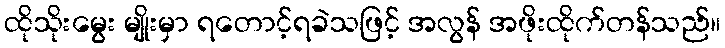
ထိုသိုးမွေး မျိုးမှာ ရတောင့်ရခဲသဖြင့် အလွန် အဖိုးထိုက်တန်သည်။